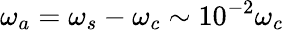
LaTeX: \omega_{a}=\omega_{s}-\omega_{c}\sim 10^{-2}\omega_{c}